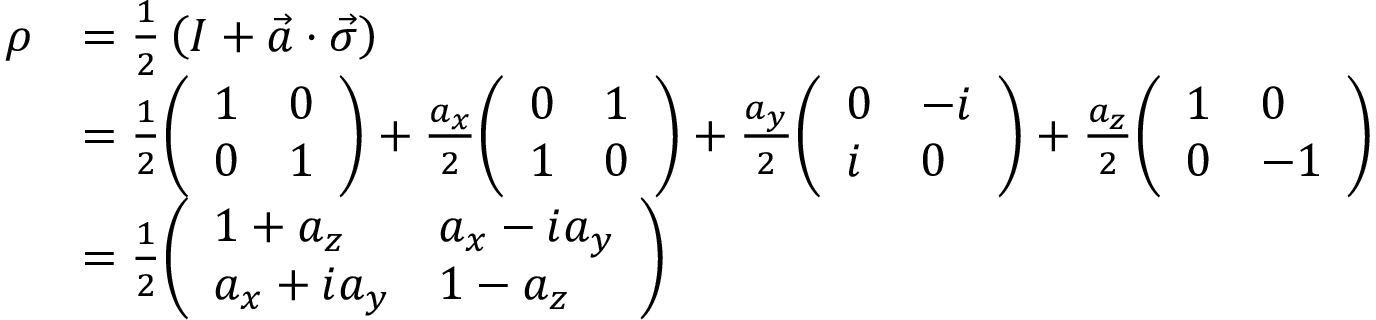
{ \begin{array} { r l } { \rho } & { = { \frac { 1 } { 2 } } \left( I + { \vec { a } } \cdot { \vec { \sigma } } \right) } \\ & { = { \frac { 1 } { 2 } } { \left( \begin{array} { l l } { 1 } & { 0 } \\ { 0 } & { 1 } \end{array} \right) } + { \frac { a _ { x } } { 2 } } { \left( \begin{array} { l l } { 0 } & { 1 } \\ { 1 } & { 0 } \end{array} \right) } + { \frac { a _ { y } } { 2 } } { \left( \begin{array} { l l } { 0 } & { - i } \\ { i } & { 0 } \end{array} \right) } + { \frac { a _ { z } } { 2 } } { \left( \begin{array} { l l } { 1 } & { 0 } \\ { 0 } & { - 1 } \end{array} \right) } } \\ & { = { \frac { 1 } { 2 } } { \left( \begin{array} { l l } { 1 + a _ { z } } & { a _ { x } - i a _ { y } } \\ { a _ { x } + i a _ { y } } & { 1 - a _ { z } } \end{array} \right) } } \end{array} }